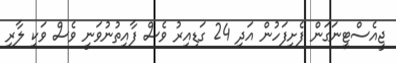
ޖީއެސްޓީނަގަން ފެށިފަހުން އަދި 24 ގަޑިއިރު ވެސް ފާއިތުނުވަނީ ވެސް ވަކި ލާރި